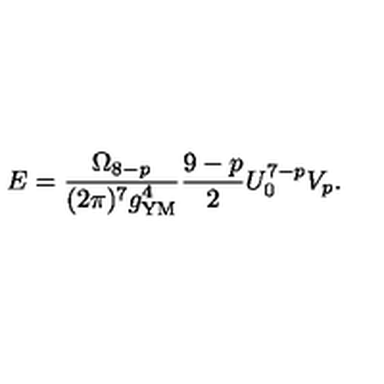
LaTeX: E = \frac { \Omega _ { 8 - p } } { ( 2 \pi ) ^ { 7 } g _ { \mathrm { Y M } } ^ { 4 } } \frac { 9 - p } { 2 } U _ { 0 } ^ { 7 - p } V _ { p } .